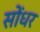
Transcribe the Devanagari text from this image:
सोंधर